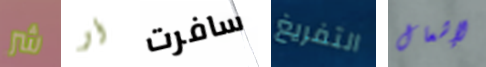
شر أو سافرت التفريغ لإشعال